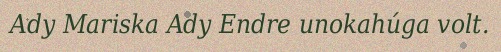
Ady Mariska Ady Endre unokahúga volt.